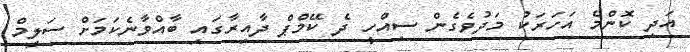
އަދި ކޮންމެ އަހަރަކު މަދުވެގެން ސިއްހީ ދެ ކޭމްޕް ދާއިރާގައި ބާއްވާނެކަމަށް ސަލީމް